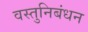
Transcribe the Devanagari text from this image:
वस्तुनिबंधन